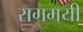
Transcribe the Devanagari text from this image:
रागमयी